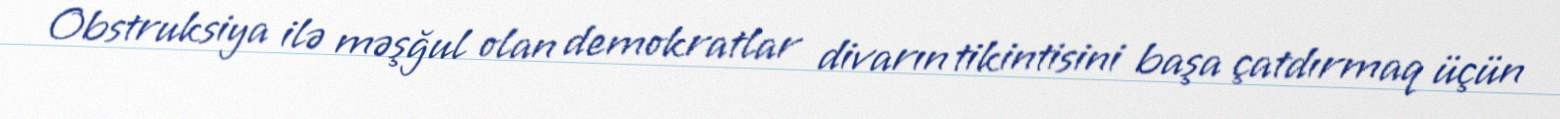
Obstruksiya ilə məşğul olan demokratlar divarın tikintisini başa çatdırmaq üçün